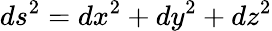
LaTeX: ds^{2}=dx^{2}+dy^{2}+dz^{2}